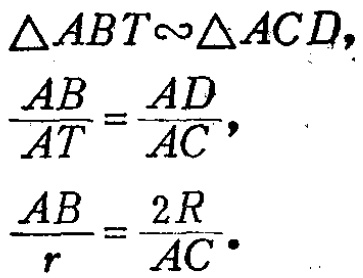
\(\triangle ABT\sim\triangle ACD,\)
\(\frac{AB}{AT}=\frac{AD}{AC},\)
\(\frac{AB}{r}=\frac{2R}{AC}.\)